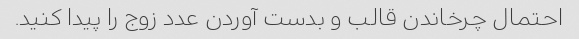
احتمال چرخاندن قالب و بدست آوردن عدد زوج را پیدا کنید.